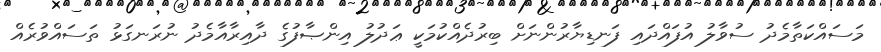
މަސައްކަތާމެދު ސުވާލު އުފައްދައި ފަނޑިޔާރުންނަށް ބިރުދެއްކުމަކީ ޢަދުލު އިންޞާފުގެ ދާއިރާއާމެދު ނުރަނގަޅު ތަސައްވުރެއް